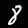
Digit: 8